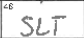
Transcription: SLT